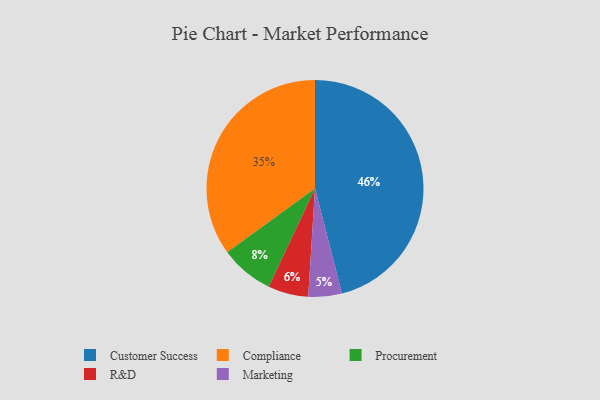
{"axis": {"x": "Category", "y": "Percentage"}, "legend": ["Compliance", "Customer Success", "Marketing", "Procurement", "R&D"], "data": [{"x": "R&D", "y": 6, "type": "R&D"}, {"x": "Procurement", "y": 8, "type": "Procurement"}, {"x": "Compliance", "y": 35, "type": "Compliance"}, {"x": "Customer Success", "y": 46, "type": "Customer Success"}, {"x": "Marketing", "y": 5, "type": "Marketing"}]}